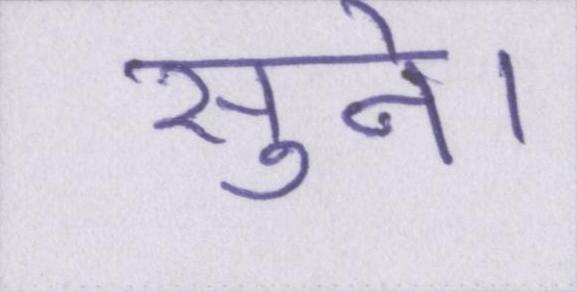
सुने।